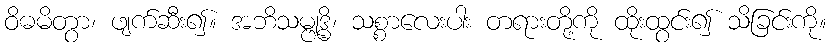
ဝိဓမိတွာ၊ ဖျက်ဆီး၍။ အဘိသမ္ဗုဒ္ဓိ၊ သစ္စာလေးပါး တရားတို့ကို ထိုးထွင်း၍ သိခြင်းကို။